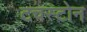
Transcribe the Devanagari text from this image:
टचस्‍टोन